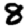
Digit: 8